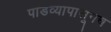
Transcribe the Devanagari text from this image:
पाडव्यापासूनच